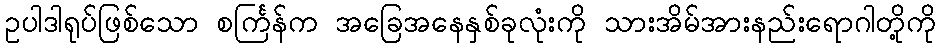
ဥပါဒါရုပ်ဖြစ်သော စင်္ကြန်က အခြေအနေနှစ်ခုလုံးကို သားအိမ်အားနည်းရောဂါတို့ကို